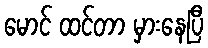
မောင် ထင်တာ မှားနေပြီ